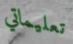
تعليماتي